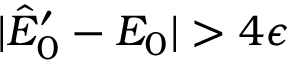
| \hat { E } _ { 0 } ^ { \prime } - E _ { 0 } | > 4 \epsilon